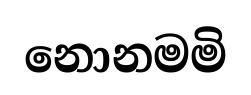
නොනමමි